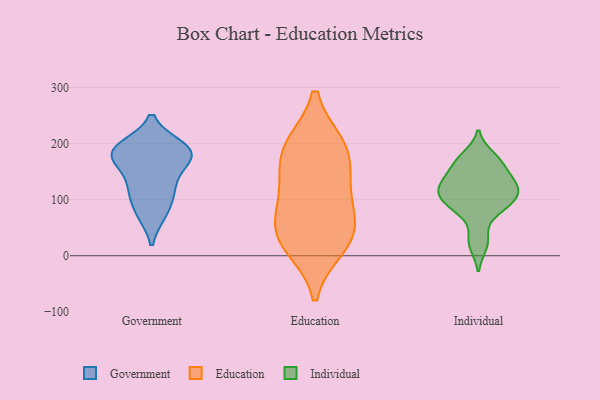
{"axis": {"x": "Customer Acquisition Cost (USD)", "y": "Value"}, "legend": ["Education", "Government", "Individual"], "data": [{"x": "", "y": 191, "type": "Government"}, {"x": "", "y": 75, "type": "Government"}, {"x": "", "y": 182, "type": "Government"}, {"x": "", "y": 195, "type": "Government"}, {"x": "", "y": 184, "type": "Government"}, {"x": "", "y": 193, "type": "Government"}, {"x": "", "y": 113, "type": "Government"}, {"x": "", "y": 118, "type": "Government"}, {"x": "", "y": 122, "type": "Government"}, {"x": "", "y": 181, "type": "Government"}, {"x": "", "y": 164, "type": "Government"}, {"x": "", "y": 75, "type": "Government"}, {"x": "", "y": 161, "type": "Government"}, {"x": "", "y": 76, "type": "Education"}, {"x": "", "y": 186, "type": "Education"}, {"x": "", "y": 129, "type": "Education"}, {"x": "", "y": 197, "type": "Education"}, {"x": "", "y": 64, "type": "Education"}, {"x": "", "y": 16, "type": "Education"}, {"x": "", "y": 132, "type": "Education"}, {"x": "", "y": 35, "type": "Education"}, {"x": "", "y": 197, "type": "Education"}, {"x": "", "y": 28, "type": "Education"}, {"x": "", "y": 94, "type": "Individual"}, {"x": "", "y": 177, "type": "Individual"}, {"x": "", "y": 29, "type": "Individual"}, {"x": "", "y": 117, "type": "Individual"}, {"x": "", "y": 76, "type": "Individual"}, {"x": "", "y": 119, "type": "Individual"}, {"x": "", "y": 139, "type": "Individual"}, {"x": "", "y": 171, "type": "Individual"}, {"x": "", "y": 93, "type": "Individual"}, {"x": "", "y": 159, "type": "Individual"}, {"x": "", "y": 123, "type": "Individual"}, {"x": "", "y": 90, "type": "Individual"}, {"x": "", "y": 19, "type": "Individual"}, {"x": "", "y": 127, "type": "Individual"}, {"x": "", "y": 164, "type": "Individual"}, {"x": "", "y": 103, "type": "Individual"}, {"x": "", "y": 125, "type": "Individual"}]}